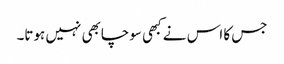
جس کا اس نے کبھی سوچابھی نہیں ہوتا۔